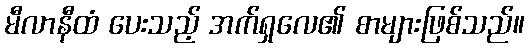
မီလာနီထံ ပေးသည့် အက်ရှလေ၏ စာများဖြစ်သည်။